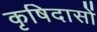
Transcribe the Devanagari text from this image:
कृषिदासों